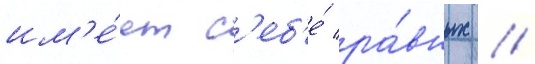
им'е́ет с'еб'е́ ра́вных //